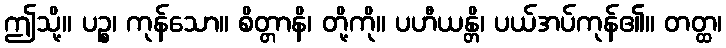
ဤသို့။ ပဉ္စ၊ ကုန်သော။ စိတ္တာနိ၊ တို့ကို။ ပဟီယန္တိ၊ ပယ်အပ်ကုန်၏။ တတ္ထ၊